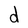
Character: d